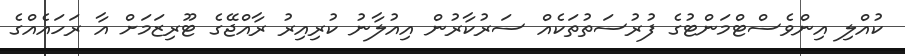
ކުއްލި އިންވެސްޓްމަންޓުގެ ފުރުސަތުތަކެއް ސަރުކާރުން އިއުލާނު ކުރިއިރު ރާއްޖޭގެ ޓޫރިޒަމަށް އާ ރަހައެއްގެ